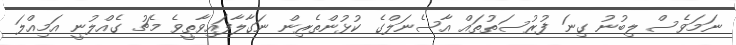
ނަމަވެސް ލިބުނު ގިނަ ފުރުސަތުތައް އާސެނަލްގެ ކުޅުންތެރިން ނަގާލާފައިވާތީވެ މެޗު ގެއްލުނީ އަމިއްލަ